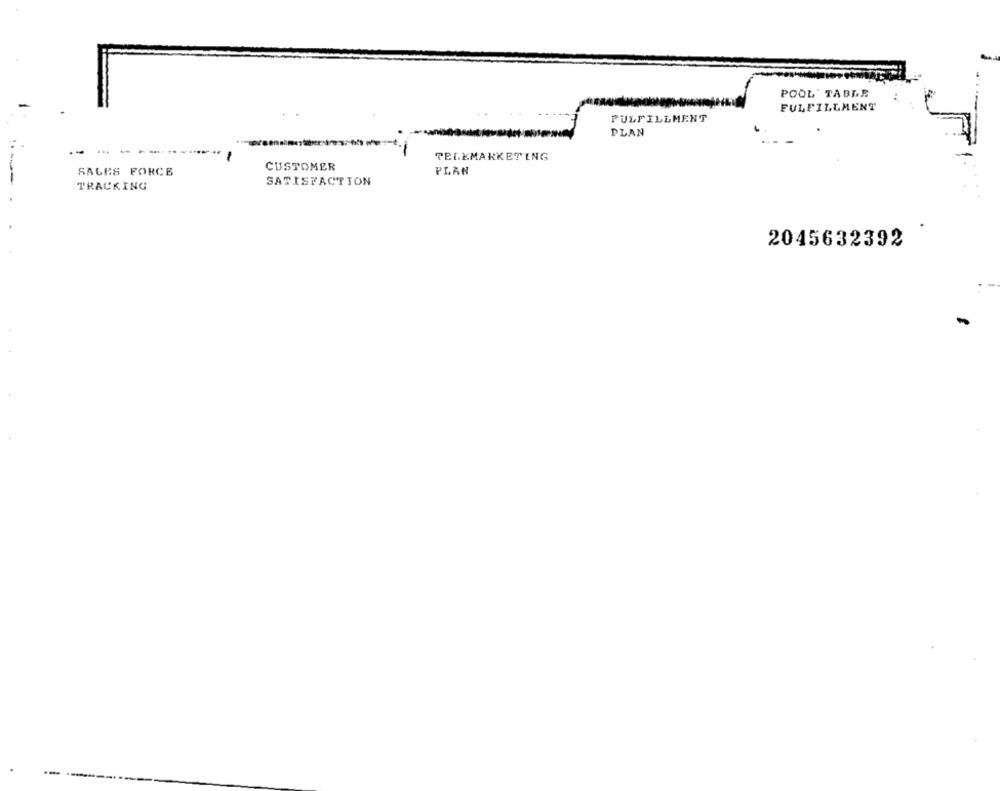
POOL' TABLE
FULFILLMENT
FULFILLMENT
PLAN
...
TELEMARKETING
CUSTOMER
SALES FORCE
PLAN
SATISFACTION
TRACKING
2045632392